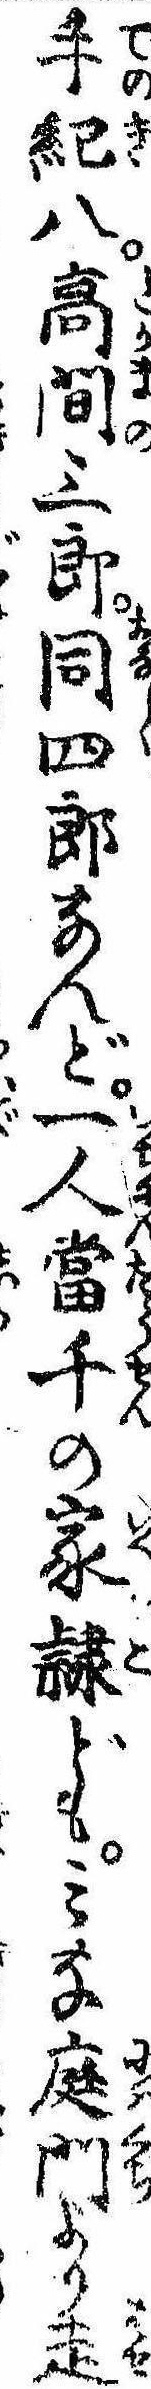
手紀八高間三郎同四郎なんど一人当千の家隷どもみな庭門より走